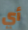
أي